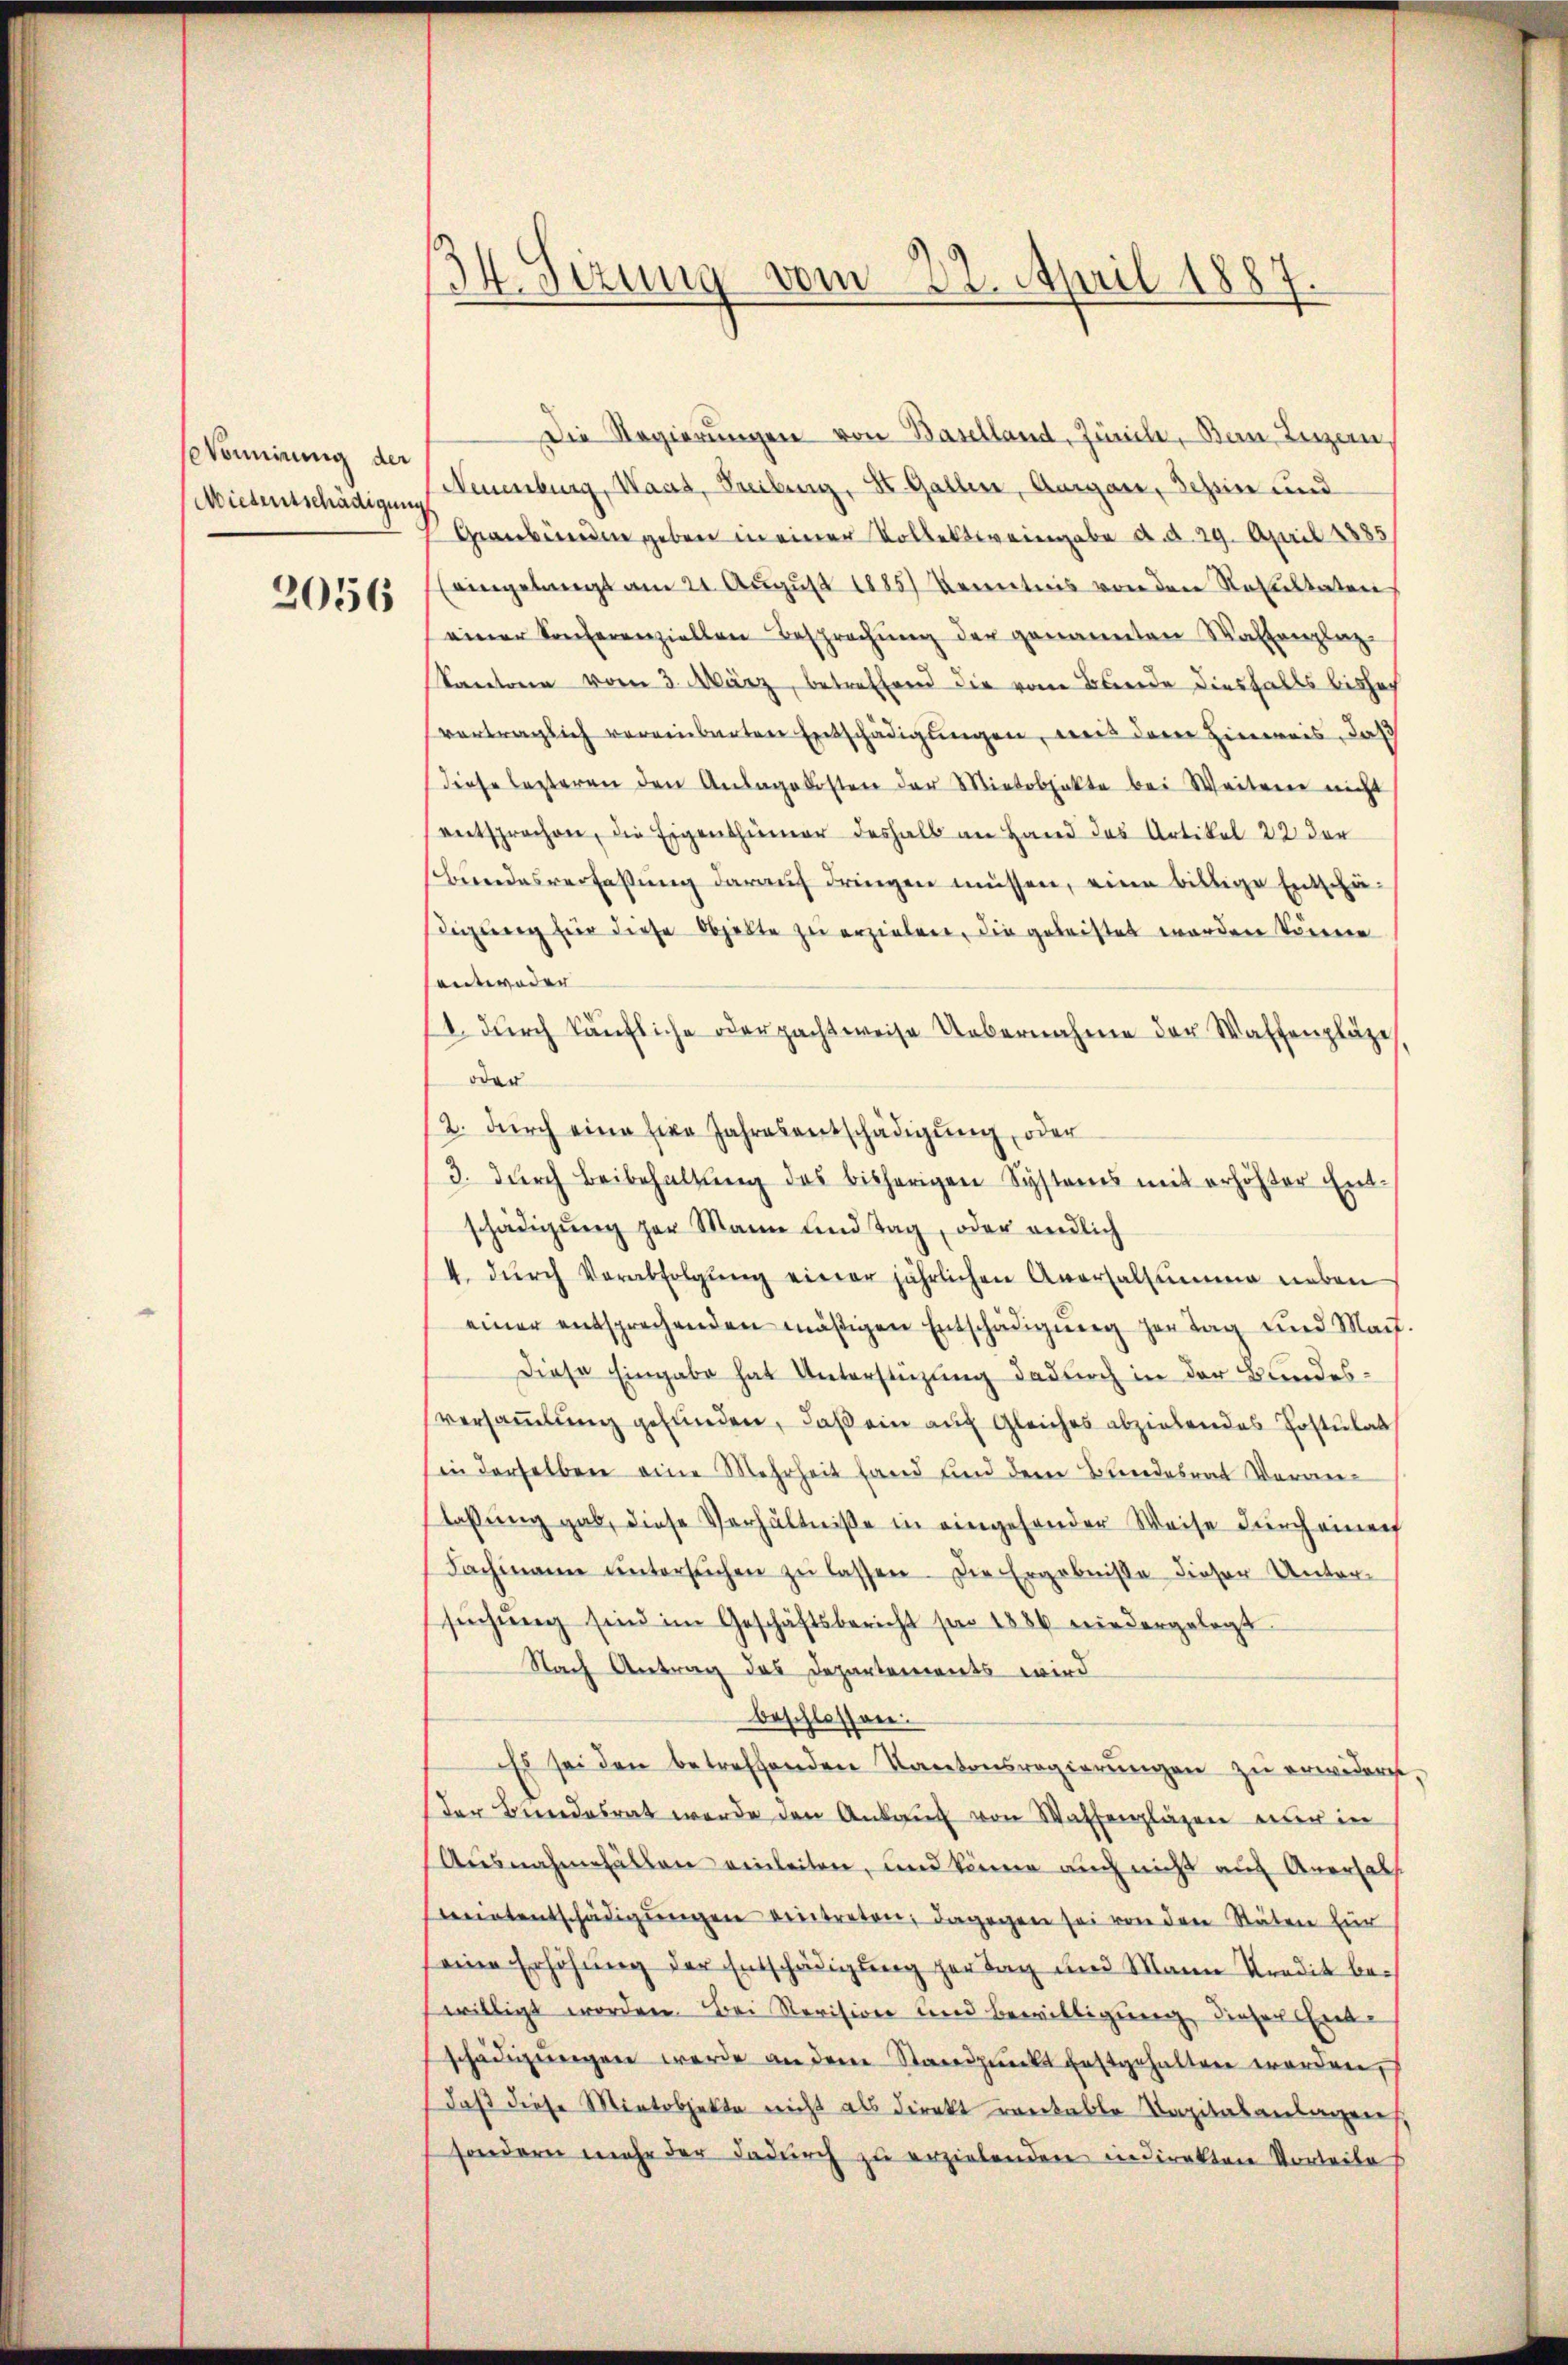
seVomirung der
Wiedertschädigung

2056

34. Sizung vom 22. April 1887.

Die Regierungen von Baselland, Zürche, Bau, Luzern,
(Neuenburg, Waas, Freibung, St. Gallen, Aargau, Tessin und
Graubünden geben in einer Kollektiv eingabe d. d. 29. April 1885
(eingelangt am 21. Aŭgŭst 1885) Kenntnis von den Resultaten
einer Konferenziellen Besprechung der genannten Waltenplaz
kantone vom 3. März, betreffend die vom Bunde diesfalls bisher
vertraglich vereinbarten Entschädigungen, weis dem Hinweis, daß
diese lezteren den Ansagekosten der Mietobjekte bei Weitern nicht
entsprochen, die Eigenthümer deshalb an Hand des Artikel 22 der
Bundesverfassŭng darauf dringen müssen, eine billige Entschädigung für diese Objekte zu erziehen, die geleistet worden könnene
sentweder
1. durch käufliche oder pachtweise Uebernahme der Waffenpläge,
oder
12. dŭrch eine fixe Jahresentschädigŭng, oder
3. durch Beibehaltung des bisherigen Systems mit erhöhter Entschädigŭng der Mann und Tag, oder endlich
4. dŭrch Verabfolgŭng einer jährlichen Aversalsumme neben
einer entsprechenden mäßigen Entschädigŭng zur Tag und Mach.
Diese Eingabe hat Unterstüzung dadurch in der Bundesversammlung gefunden, daß ein auf gleiches abziehendes Postulat
in derselben eine Mehrheit fand und dem Bundesrat Veranlaßung gab, diese Verhältniße in eingehander Weise durch einer
Fachmann ŭntersŭchen zŭ lassen. Die Ergebnisse dieser Unter-
sŭchŭng sind im Geschäftsbericht sei 1886 wiedergelegt
Nach Antrag das Departements wird
beschlossen.
Es sei den betreffenden Kantonsregierungen zu erwidern.
der Beendesrat werde den Ankaŭf von Waffenplägen aber in
Ausnahmefällen einleiten, und könne auch nicht auf Anersals
Beeintentschädigŭngen eintreten; dagegen sei von den Stäten für
eine Erhöhung der Entschädigung zur Tag und Mann Kredit bewilligt worden. Bei Revision und bewilligung dieser Erle
schädigŭngen werde an dem Standpŭnkt festgehalten worden,
daß diese Mitobjekte nicht als direkt verable Kapitalanlagen,
sondern mehr der dadurch zu erzielenden indirekten Vorteiles